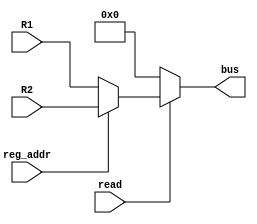
module RegBcontroller(bus,read,reg_addr,R1,R2
    );
	output reg [7:0] bus;
	input read,reg_addr;
	input [7:0] R1,R2;
	
	always @(read or reg_addr or R1 or R2)
	if (read)
		if (reg_addr)
		 bus<=R2;
		else
		 bus<=R1;
	else
		bus<=8'b0;

endmodule